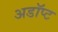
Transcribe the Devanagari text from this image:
अडॉप्ट